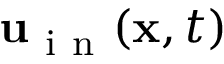
\mathbf { u } _ { \mathrm { ~ i ~ n ~ } } ( \mathbf { x } , t )